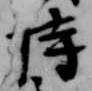
持